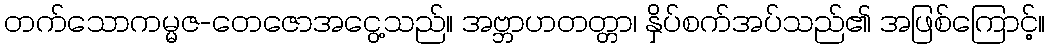
တက်သောကမ္မဇ-တေဇောအငွေ့သည်။ အဗ္ဘာဟတတ္တာ၊ နှိပ်စက်အပ်သည်၏ အဖြစ်ကြောင့်။